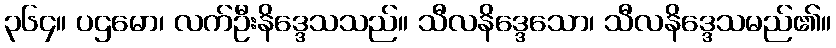
၃၆၄။ ပဌမော၊ လက်ဦးနိဒ္ဒေသသည်။ သီလနိဒ္ဒေသော၊ သီလနိဒ္ဒေသမည်၏။